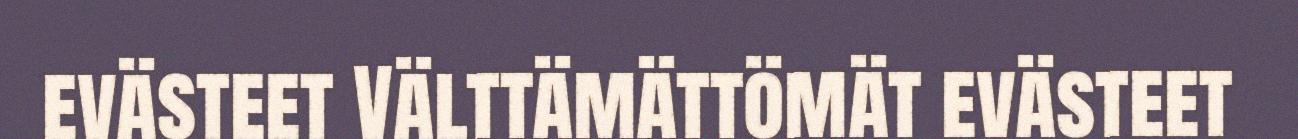
evästeet Välttämättömät evästeet